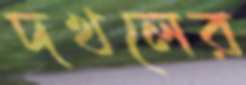
দখলের